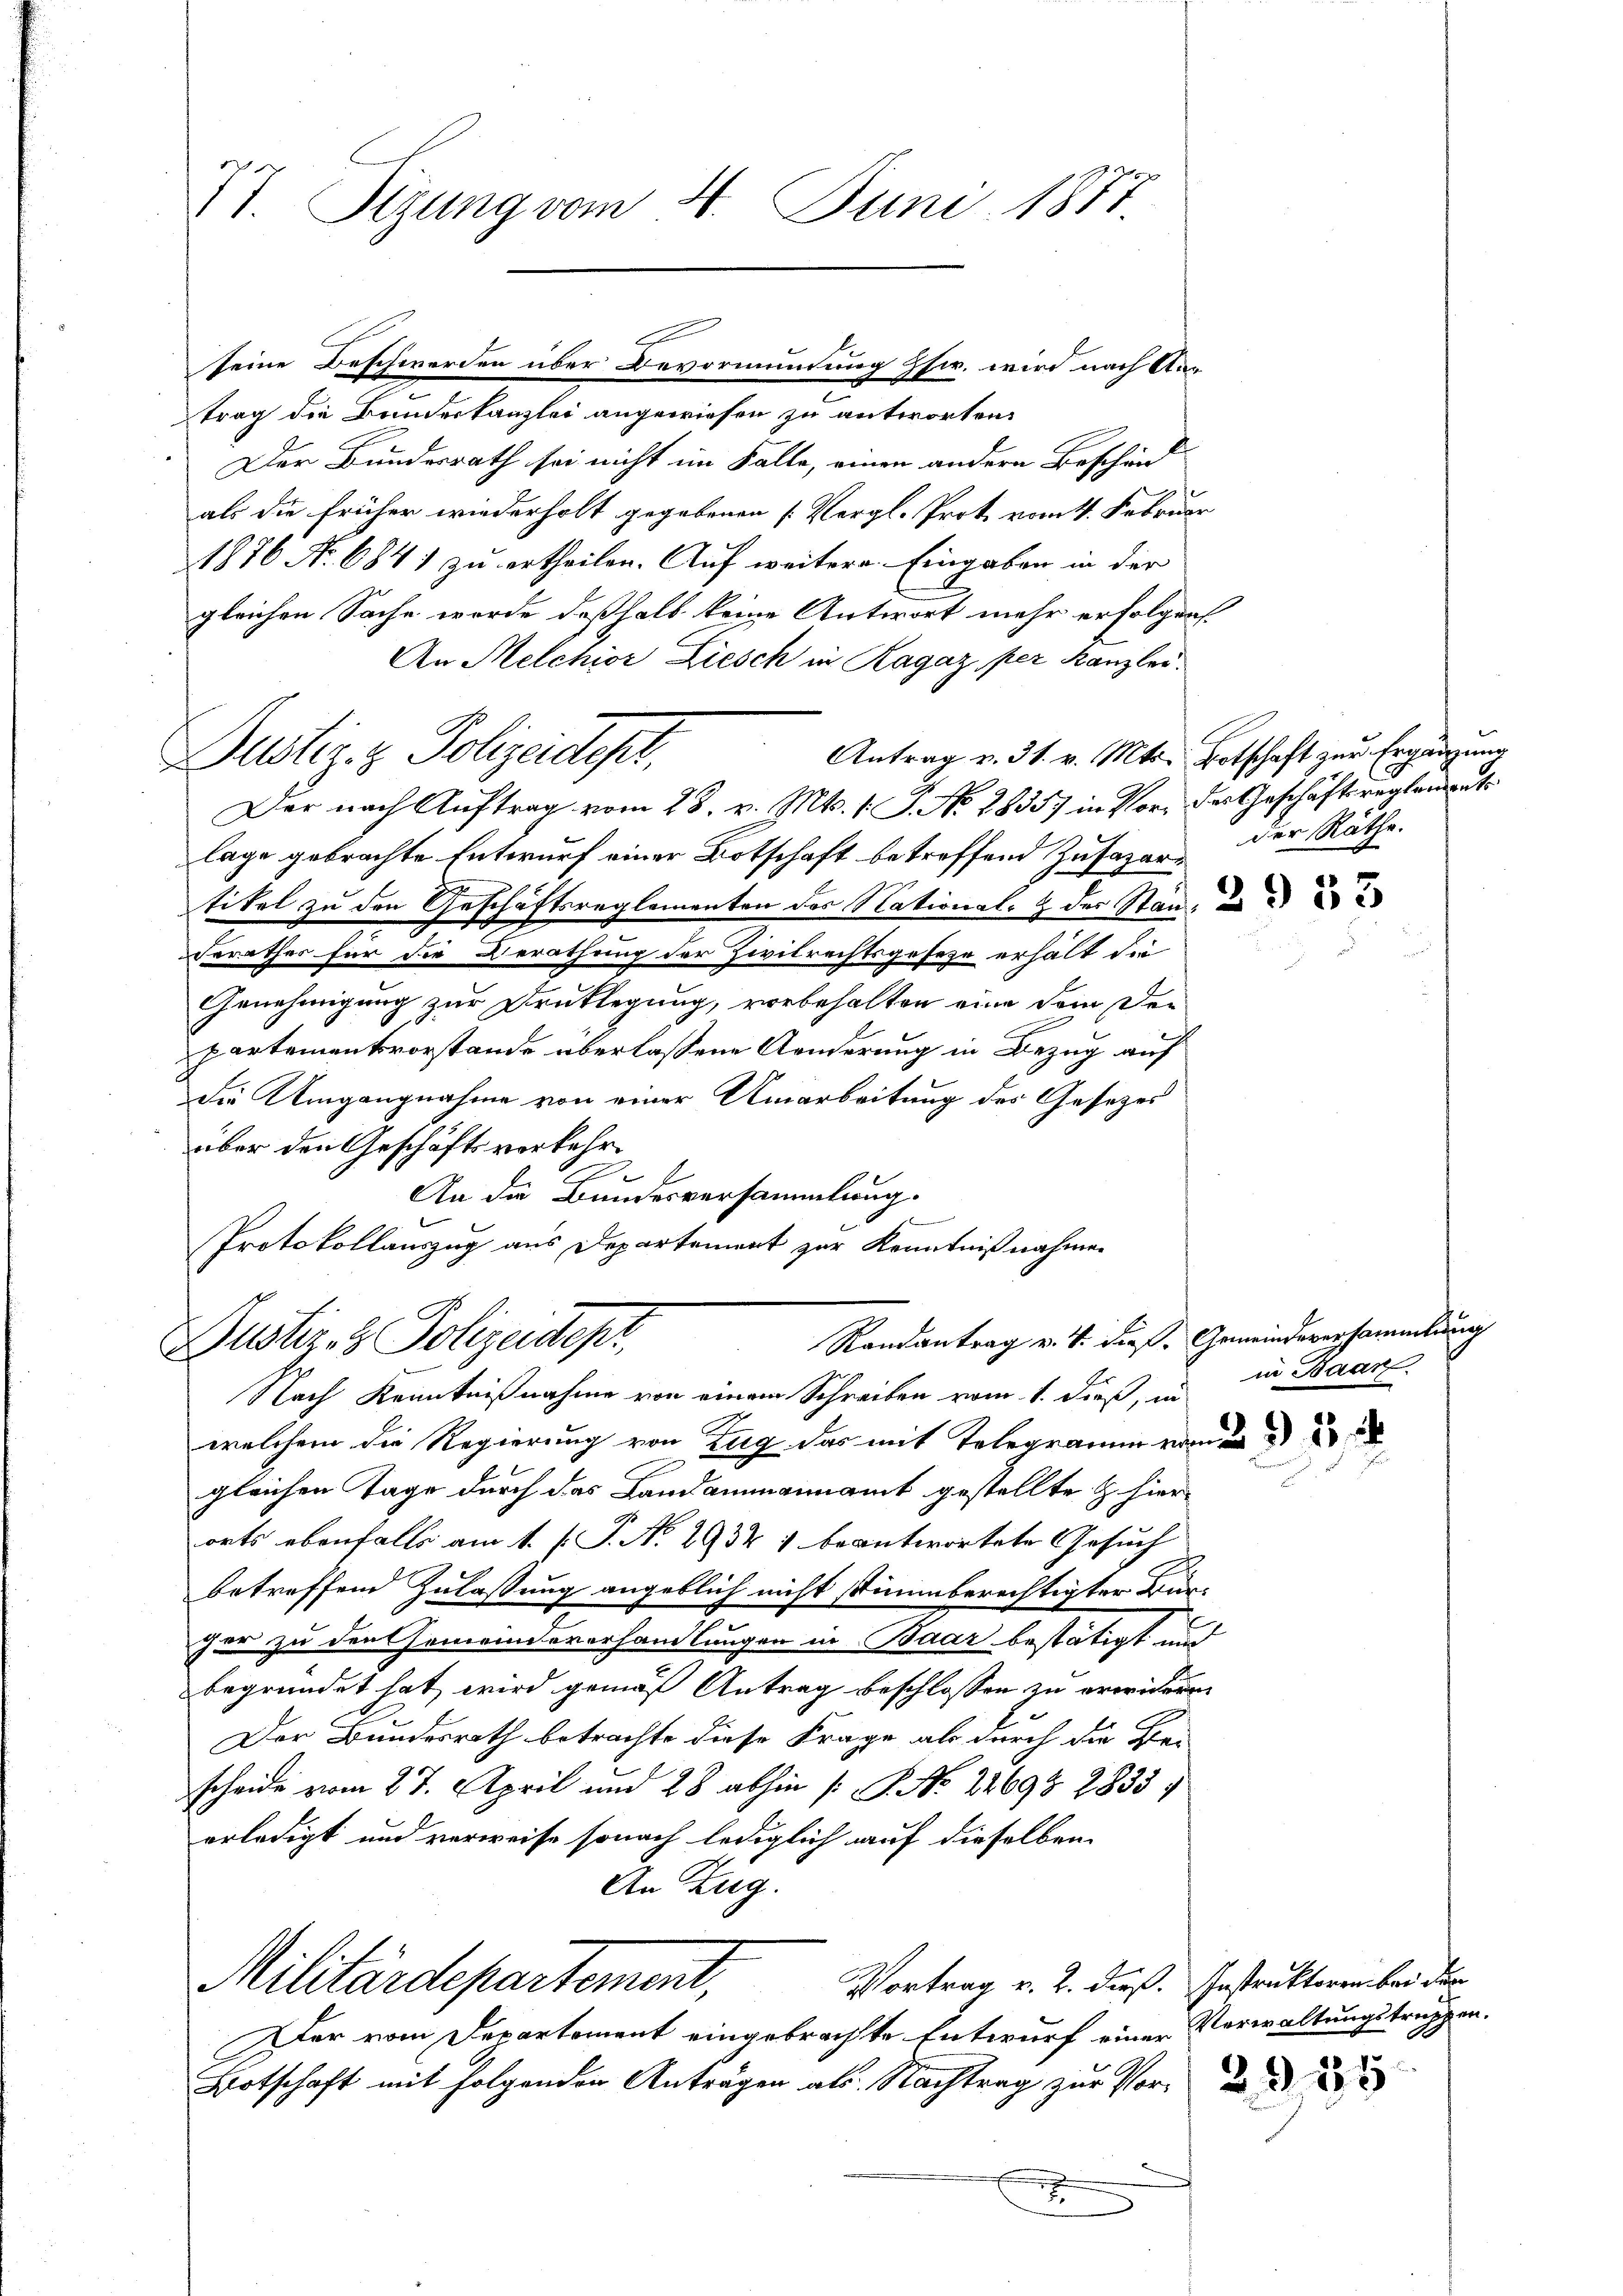
17. Sizung vom 4. Juni 1871.

2
trag die Bundeskanzlei angewiesen zu antworten.
Der Bundesrath sei nicht im Falle, einen andern Beschänd
als die früher wiederholt gegebenen [Vergl. Prot. vom 4. Februar
1876 No 684) zu ertheilen. Auf weitere Eingaben in der
gleichen Sache wurde deßhalb keine Antwort mehr erfolgen.
An Melchior Ziesch in Ragaz per Kanzlei.
Der nach Auftrag vom 28. v. Mts. (T. No. 2835. in Vor- der Geschäftsreglements
lage gebrachte Entwurf einer Botschaft betreffend Zufazer der Räthe.
tikel zu den Geschäftsreglementen des National- & der Stan¬
Berathes für die Berathung der Zivilrechtsgeseze erhält die
Genehmigung zur Drucklegung, vorbehalten eine dem der
partementsvorstande überlassene Anderung in Bezug auf
die Umgangnahme von einer Umarbeitung des Gesetzes
über den Geschäftsverkehr
A
An die Bundesversammlung.
Protokollauszug aus Departement zur Kenntnißnahmen
Randantrag v. 4. dieß. Gemeindeversammlung
Gustiz- & Polizeidepr
Nach Kenntnißnahme von einem Schreiben vom 1. dieß, in in Baar
welchem die Regierung von Zug das mit Telegramm von e
gleichen Tage durch das Landammannamt gestellte & hier
orts ebenfalls am 1. (T. No 2934 1 beantwortete Gesuch
betreffend Zulassung angeblich nicht stimmberechtigter Bun-
7
cher zu den Gemeindeverhandlungen in Baar bestätigt und
begründet hat wird gemäß Antrag beschlossen zu erwickern
Der Bundesrath betrachte diese Frage als durch die Bei
scheide vom 27. April und 28 abhin (: S. Nr. 22693. 2833
erledigt und verweise sonach lediglich auf dieselben
An Zug.
Militärdepartement,
Vortrag v. 2. dieß. Instruktoren bei der
Der vom Departement eingebrachte Entwurf einer Verwaltungstruppen¬
Botschaft mit folgenden Anträgen als Nachtrag zur Vorx

Justiz- & Polizeidept,

seine Beschwerden über Bevormundung zw. wird nach An¬

Antrag v. 31. v. Mts. Botschaft zur Ergänzung

3953

3915

g